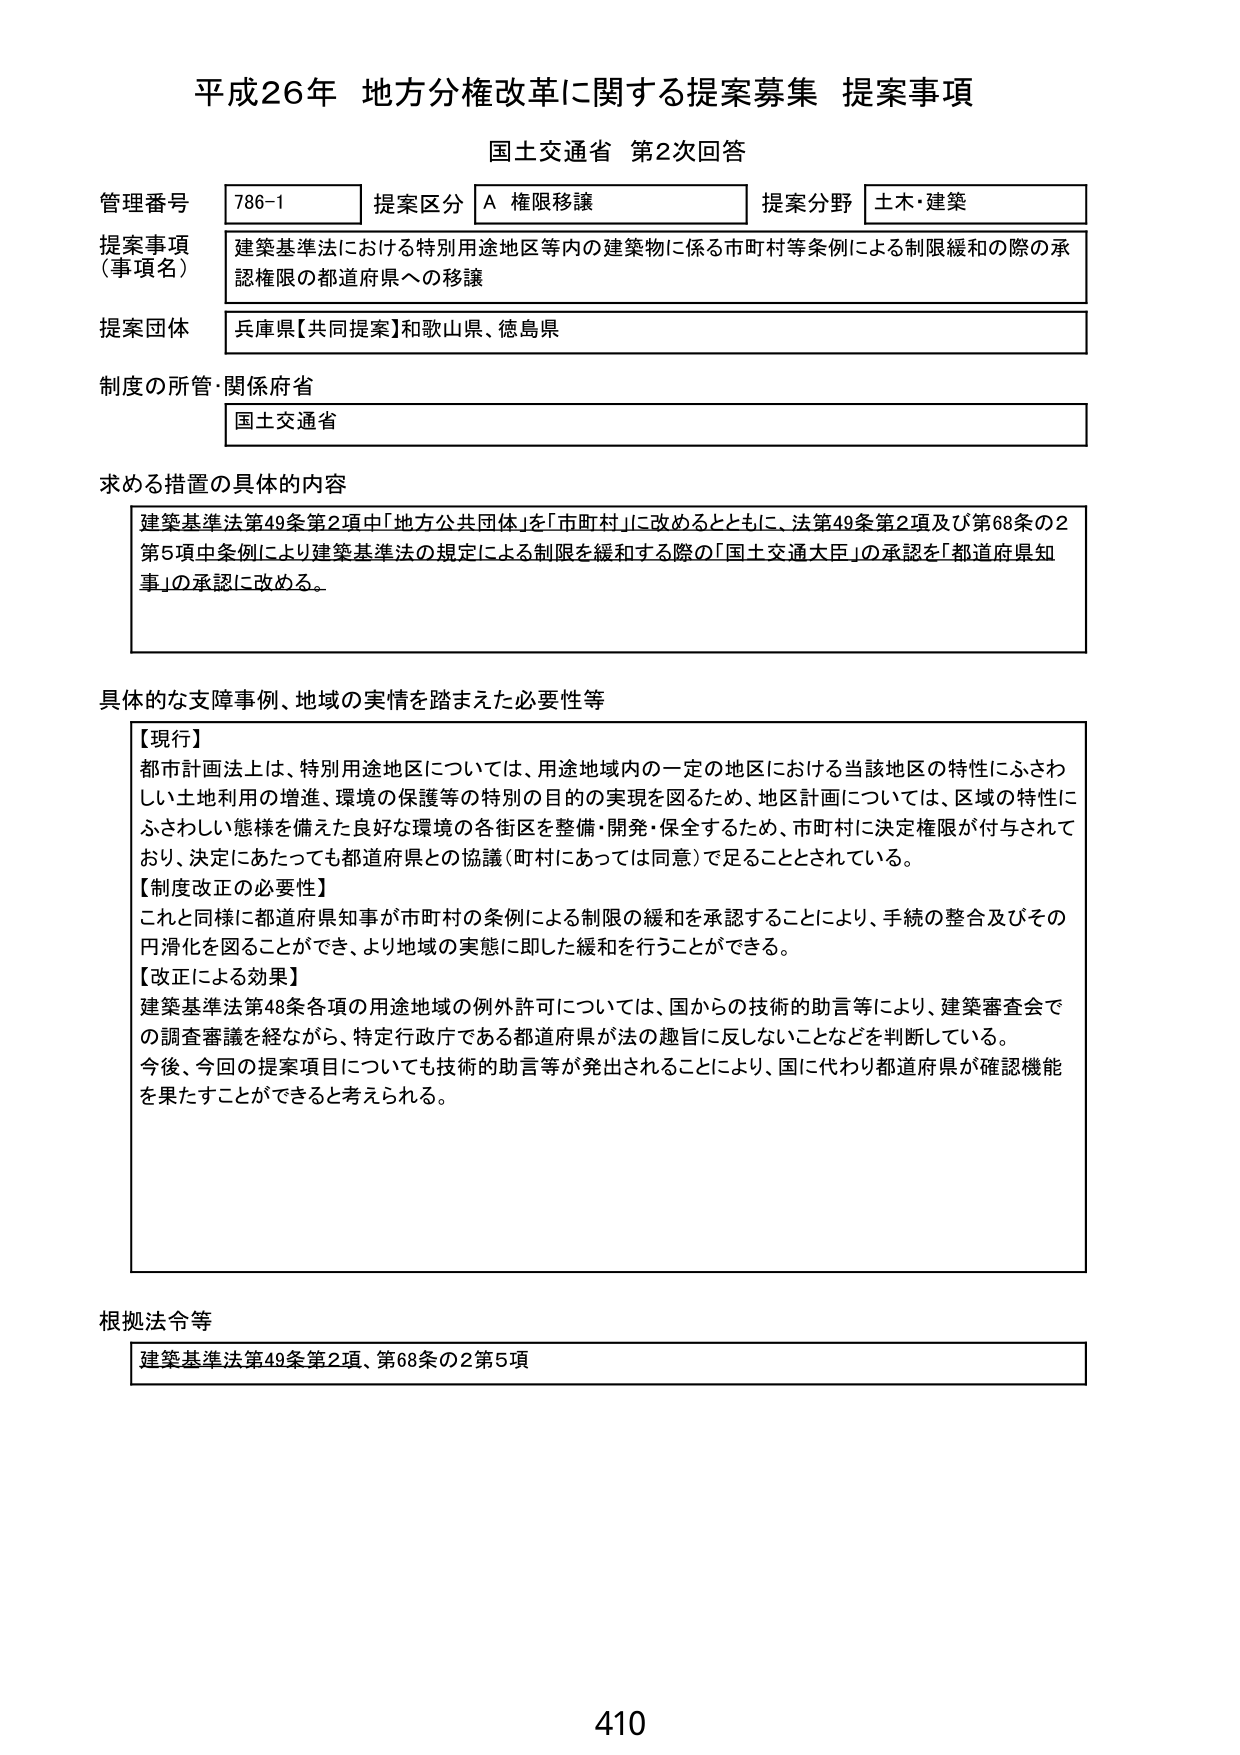
平成26年 地方分権改革に関する提案募集 提案事項
国土交通省 第2次回答

管理番号 786-1
提案区分 A 権限移譲
提案分野 土木・建築

提案事項（事項名）
建築基準法における特別用途地区等内の建築物に係る市町村等条例による制限緩和の際の承認権限の都道府県への移譲

提案団体
兵庫県【共同提案】和歌山県、徳島県

制度の所管・関係府省
国土交通省

求める措置の具体的な内容
建築基準法第49条第2項中「地方公共団体」を「市町村」に改めるとともに、法第49条第2項及び第68条の2第5項中条例により建築基準法の規定による制限を緩和する際の「国土交通大臣」の承認を「都道府県知事」の承認に改める。

具体的な支障事例、地域の実情を踏まえた必要性等
【現行】
都市計画法上は、特別用途地区については、用途地域内の一定の地区における当該地区の特性にふさわしい土地利用の増進、環境の保護等の特別の目的の実現を図るため、地区計画については、区域の特性にふさわしい態様を備えた良好な環境の各街区を整備・開発・保全するため、市町村に決定権限が付与されており、決定にあたっても都道府県との協議（町村にあっては同意）で足ることとされている。
【制度改正の必要性】
これと同様に都道府県知事が市町村の条例による制限の緩和を承認することにより、手続の整合及びその円滑化を図ることができ、より地域の実態に即した緩和を行うことができる。
【改正による効果】
建築基準法第48条各項の用途地域の例外許可については、国からの技術的助言等により、建築審査会での調査審議を経ながら、特定行政庁である都道府県が法の趣旨に反しないことなどを判断している。
今後、今回の提案項目についても技術的助言等が発出されることにより、国に代わり都道府県が確認機能を果たすことができると考えられる。

根拠法令等
建築基準法第49条第2項、第68条の2第5項

410